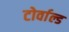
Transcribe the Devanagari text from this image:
टोर्वाल्ड